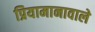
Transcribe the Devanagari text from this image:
प्रियामानावाले